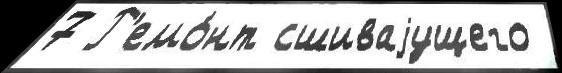
7 Р'емо́нт сшиваjущего